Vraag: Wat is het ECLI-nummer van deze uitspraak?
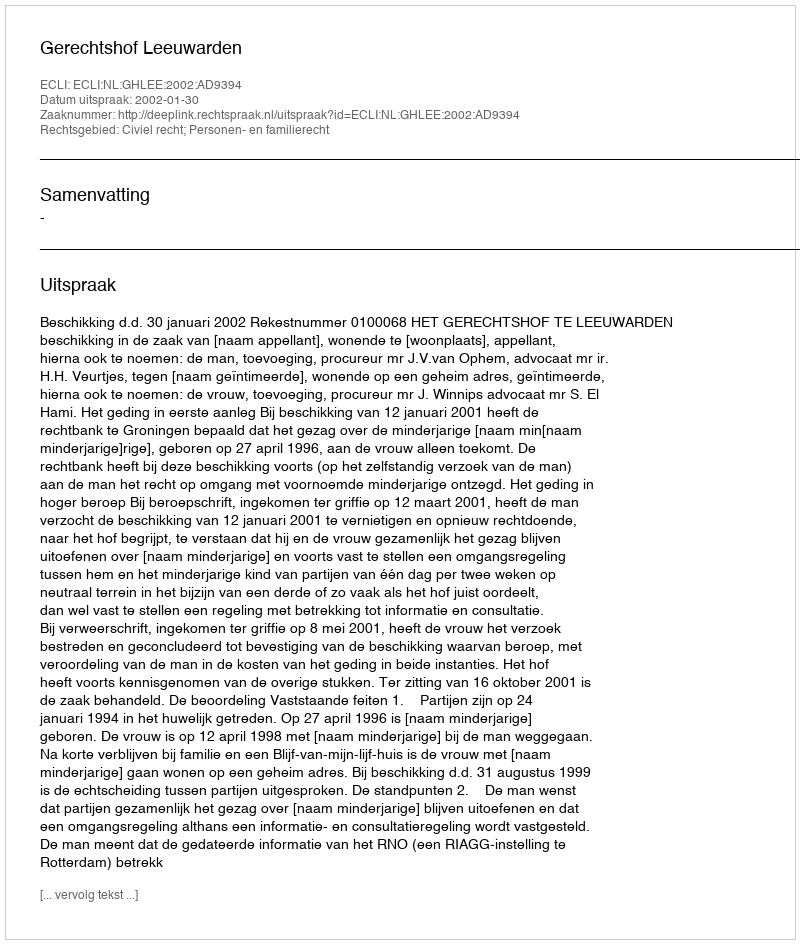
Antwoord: ECLI:NL:GHLEE:2002:AD9394